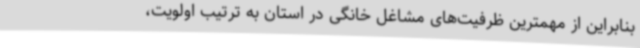
بنابراین از مهمترین ظرفیت‌های مشاغل خانگی در استان به ترتیب اولویت،